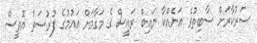
ސަރުކާރަށް ސާބިތުވެ އަނެއްކާ ނައިބް ރައީސް ގެ މަގާމަށް އައުމުގެ ފުރުސަތު އޮތީސް